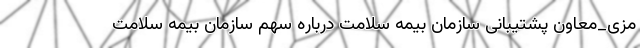
مزی_معاون پشتیبانی سازمان بیمه سلامت درباره سهم سازمان بیمه سلامت